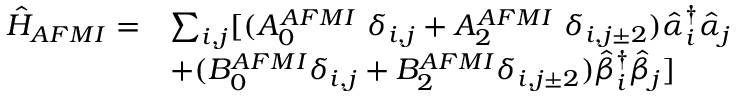
\begin{array} { l l } { \hat { H } _ { A F M I } = } & { \sum _ { i , j } [ { ( A _ { 0 } ^ { A F M I } \ { \delta } _ { i , j } + A _ { 2 } ^ { A F M I } \ { \delta } _ { i , j \pm 2 } ) \hat { \alpha } _ { i } ^ { \dagger } \hat { \alpha } _ { j } } } \\ & { + ( B _ { 0 } ^ { A F M I } { \delta } _ { i , j } + B _ { 2 } ^ { A F M I } { \delta } _ { i , j \pm 2 } ) \hat { \beta } _ { i } ^ { \dagger } \hat { \beta } _ { j } ] } \end{array}